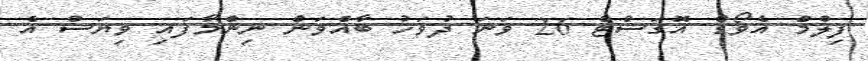
ފިލްމް އެވޯޑް އޮގަސްޓް 26 ވަނަ ދުވަހު ބާއްވަން ނިންމާފައި ވިޔަސް އެ